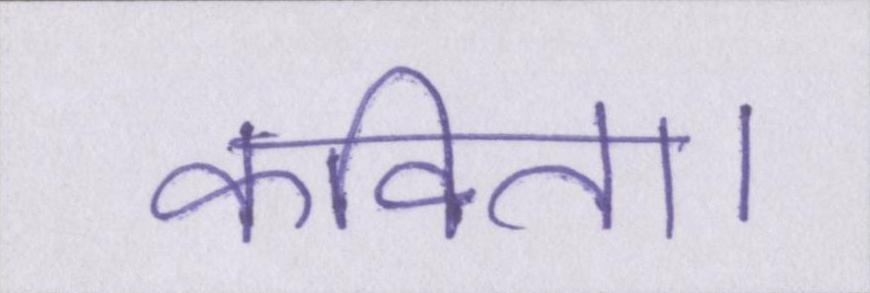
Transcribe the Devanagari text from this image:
कविता।